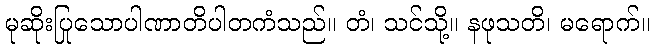
မုဆိုးပြုသောပါဏာတိပါတကံသည်။ တံ၊ သင်သို့။ နဖုသတိ၊ မရောက်။